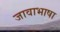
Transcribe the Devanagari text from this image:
जावाभाषा